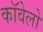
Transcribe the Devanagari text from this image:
कॉवेलो